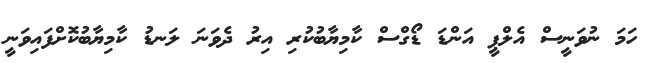
ހަމަ ނުވަނީސް އެލްޕީ އަންޑަ ޑޯގްސް ކާމިޔާބުކުރި އިރު ދެވަނަ ލަނޑު ކާމިޔާބުކޮށްފައިވަނީ